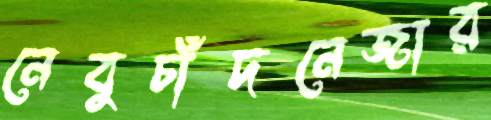
নেবুচাঁদনেজার